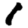
Digit: 1